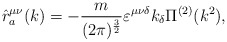
\begin{align*}\hat{r}^{\mu\nu}_a(k) = -\frac{m}{(2\pi)^{\frac{3}{2}}} \varepsilon^{\mu\nu\delta}k_{\delta}\Pi^{(2)}(k^2),\end{align*}